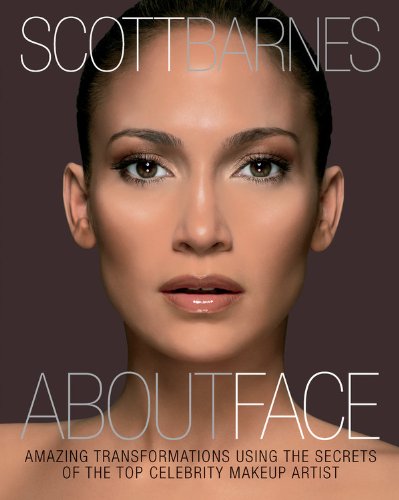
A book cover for About Face: Amazing Transformations Using the Secrets of the Top Celebrity Makeup Artist; Scott Barnes; Health, Fitness & Dieting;